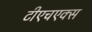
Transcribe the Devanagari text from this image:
टीएचएक्स